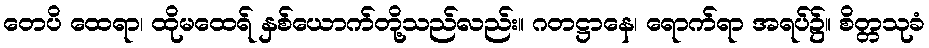
တေပိ ထေရာ၊ ထိုမထေရ် နှစ်ယောက်တို့သည်လည်း။ ဂတဋ္ဌာနေ၊ ရောက်ရာ အရပ်၌။ စိတ္တသုခံ